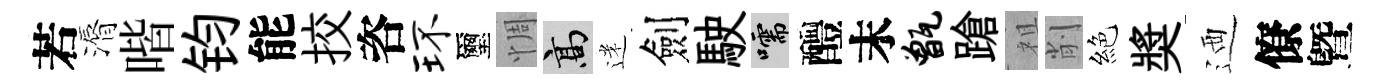
若漘喈钧能挍咨环璽惆高迷劍駛嚅醴末甑蹌祖削絕奬迺僚曁